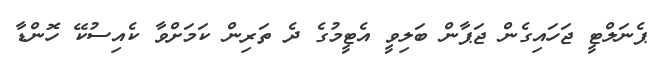
ޕެނަލްޓީ ޖަހައިގެން ޖަޕާން ބަލިވީ އެޓީމުގެ ދެ ތަރިން ކަމަށްވާ ކެއިސުކޭ ހޮންޑާ